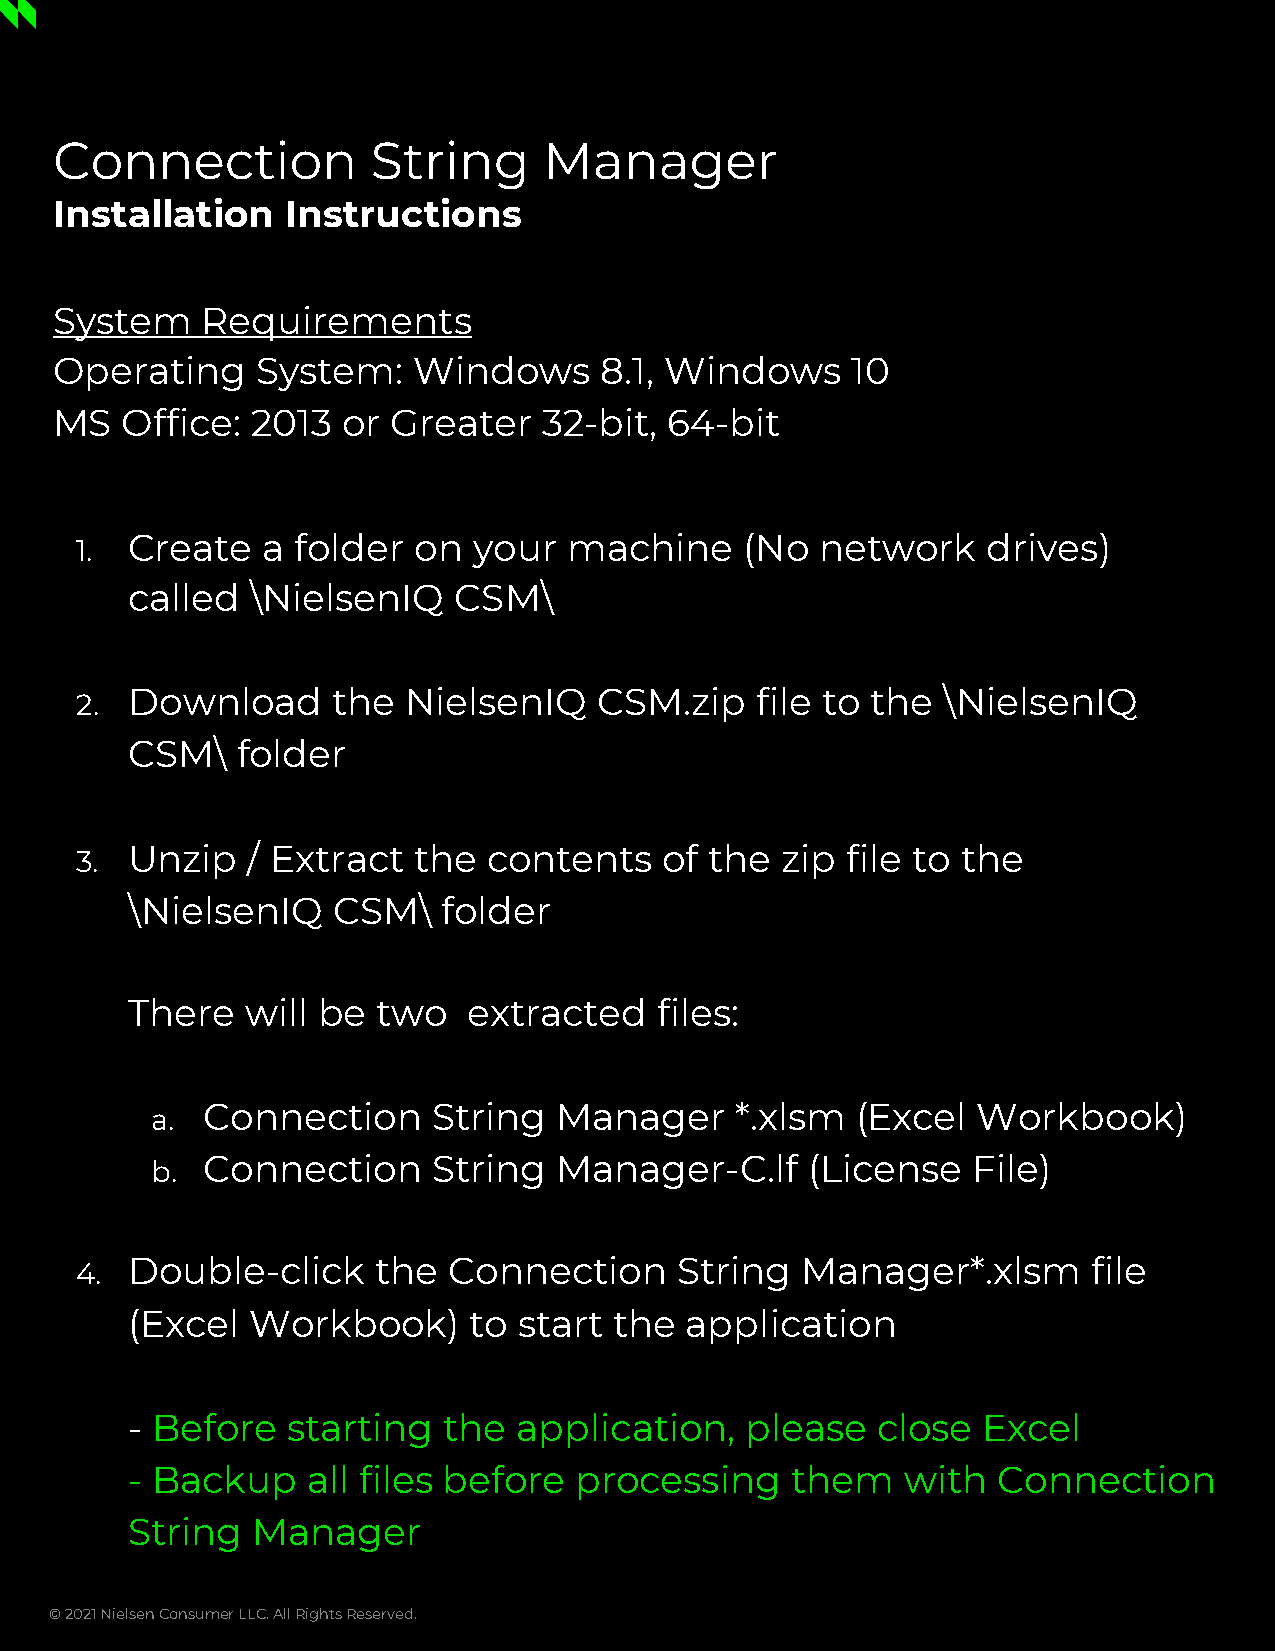
Connection           String     Manager
 Installation   Instructions
 System   Requirements
 Operating    System:   Windows      8.1, Windows    10
 MS  Office:  2013  or Greater   32-bit, 64-bit
 1. Create   a  folder on  your   machine    (No  network    drives)
 called   \NielsenIQ   CSM\
 2. Download      the  NielsenIQ    CSM.zip   file to the \NielsenIQ
 CSM\    folder
 3. Unzip   / Extract  the  contents    of the  zip file to the
 \NielsenIQ    CSM\   folder
 There   will be  two   extracted    files:
 a. Connection      String  Manager     *.xlsm  (Excel  Workbook)
 b. Connection      String  Manager-C.lf    (License   File)
 4. Double-click     the  Connection     String  Manager*.xlsm      file
 (Excel  Workbook)      to start  the application
 - Before   starting  the  application,   please   close  Excel
 - Backup    all files before  processing    them    with  Connection
 String   Manager
 © 2021 Nielsen Consumer LLC. All Rights Reserved.